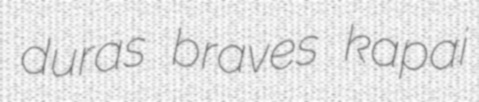
duras braves kapai